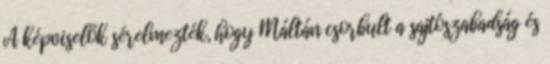
A képviselők sérelmezték, hogy Máltán csorbult a sajtószabadság és